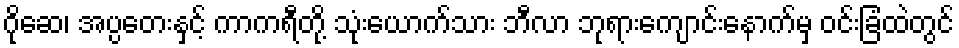
ဂိုဆေ၊ အပ္ပတေးနှင့် ကာကရီတို့ သုံးယောက်သား ဘီလာ ဘုရားကျောင်းနောက်မှ ဝင်းခြံထဲတွင်